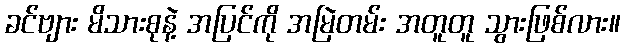
ခင်ဗျား မိသားစုနဲ့ အပြင်ကို အမြဲတမ်း အတူတူ သွားဖြစ်လား။